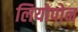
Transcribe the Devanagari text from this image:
लियोपोन